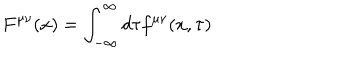
F ^ { \mu \nu } ( x ) = \int _ { - \infty } ^ { \infty } d \tau f ^ { \mu \nu } ( x , \tau )